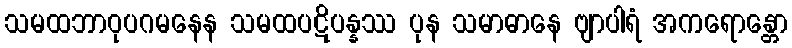
သမထဘာဝုပဂမနေန သမထပဋိပန္နဿ ပုန သမာဓာနေ ဗျာပါရံ အကရောန္တော